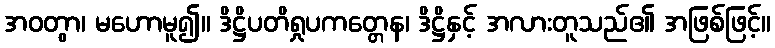
အဝတွာ၊ မဟောမူ၍။ ဒိဋ္ဌိပတိရှုပကတ္တေန၊ ဒိဋ္ဌိနှင့် အလားတူသည်၏ အဖြစ်ဖြင့်။